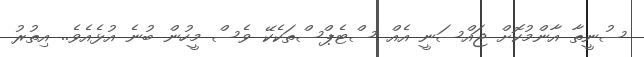
ސުނީތާ އާންމުކޮށް ޖައްސަނީ އެއް ސްޓެޕްސްތަކެކޭ ވެސް މީހުން ބުނެ އުޅެއެވެ.. އިތުރު